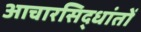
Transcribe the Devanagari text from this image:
आचारसिद्धांतों